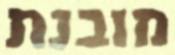
מובנת